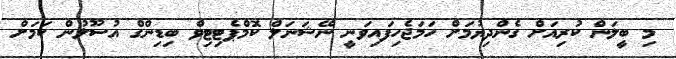
މި ބީލަން ކުރިއަށް ގެންދިޔުމަށް ހަމަޖެހިފައިވަނީ ނޭޝަނަލް ކޮމްޕެޓިޓިވް ބިޑިންގް އުސޫލުން ކަމަށް